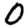
Digit: 0